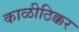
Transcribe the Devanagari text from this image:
काळीठिक्कर